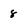
Character: 8